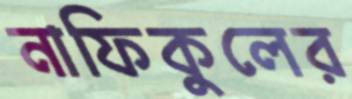
নাফিকুলের